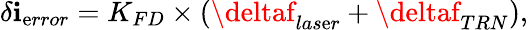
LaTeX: \delta\mathbf{i}_{\mathrm{e}rror}=K_{FD}\times(\deltaf_{las\mathrm{e}r}+\deltaf_{TRN}),